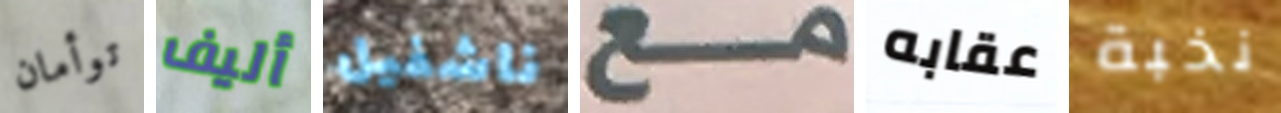
توأمان أليف ناشفيل مع عقابه نخبة